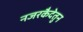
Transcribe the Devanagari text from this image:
नजरकैदेतुन